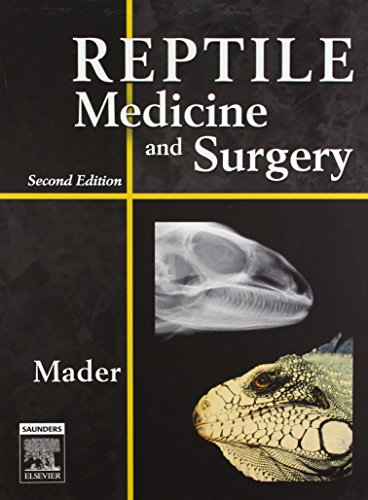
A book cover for Reptile Medicine and Surgery, 2e; Medical Books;